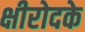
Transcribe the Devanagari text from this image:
क्षीरोदके